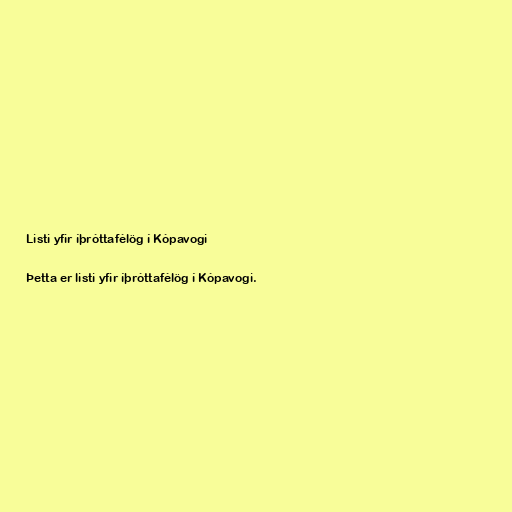
Listi yfir íþróttafélög í Kópavogi

Þetta er listi yfir íþróttafélög í Kópavogi.